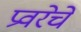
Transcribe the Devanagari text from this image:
प्रवरेचे